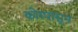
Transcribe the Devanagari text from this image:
कोरपासून